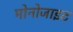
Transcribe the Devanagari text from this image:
मोनोजाइट